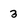
Character: 3